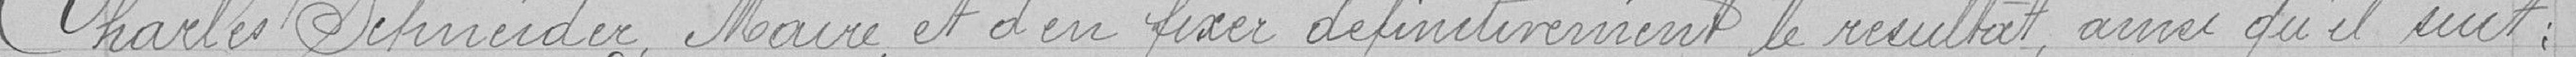
Charles Schneider, Maire, et d'en fixer définitivement le résultat, ainsi qu'il suit :